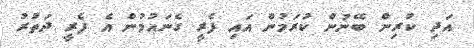
އަދި ކުރިން ބޭނުން ކުރަމުން އައި ފެރީ ގެނައުމުން އެ ފެރީ ދަތުރު